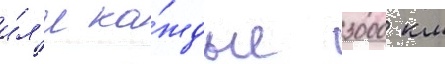
и́л'и ка́ждые 3000 км